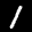
Label: 1